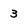
Character: 3